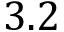
3 . 2